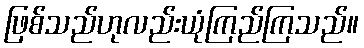
ဖြစ်သည်ဟုလည်းယုံကြည်ကြသည်။